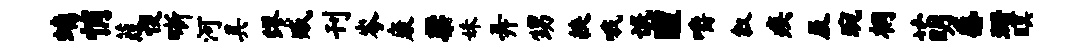
螭悄葭愎晰河具缪臧刊岑康梁妹弄甥挟哦氓醴嚼叙疾及琬桐萌感珊暝